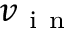
v _ { \mathrm { ~ i ~ n ~ } }